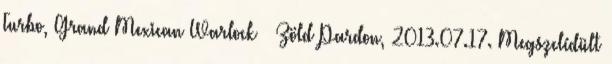
Turbo, Grand Mexican Warlock – Zöld Pardon, 2013.07.17. Megszelídült